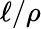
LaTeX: \ell/\rho